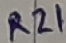
Text: R21